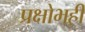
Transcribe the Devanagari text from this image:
प्रक्षोभही